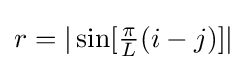
r=|\sin[{\tfrac {\pi }{L}}(i-j)]|